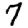
Digit: 7